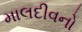
માલદીવનો